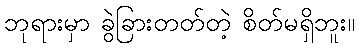
ဘုရားမှာ ခွဲခြားတတ်တဲ့ စိတ်မရှိဘူး။